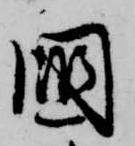
国